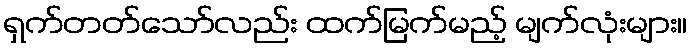
ရှက်တတ်သော်လည်း ထက်မြက်မည့် မျက်လုံးများ။